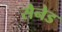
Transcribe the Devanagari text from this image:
सैनेड